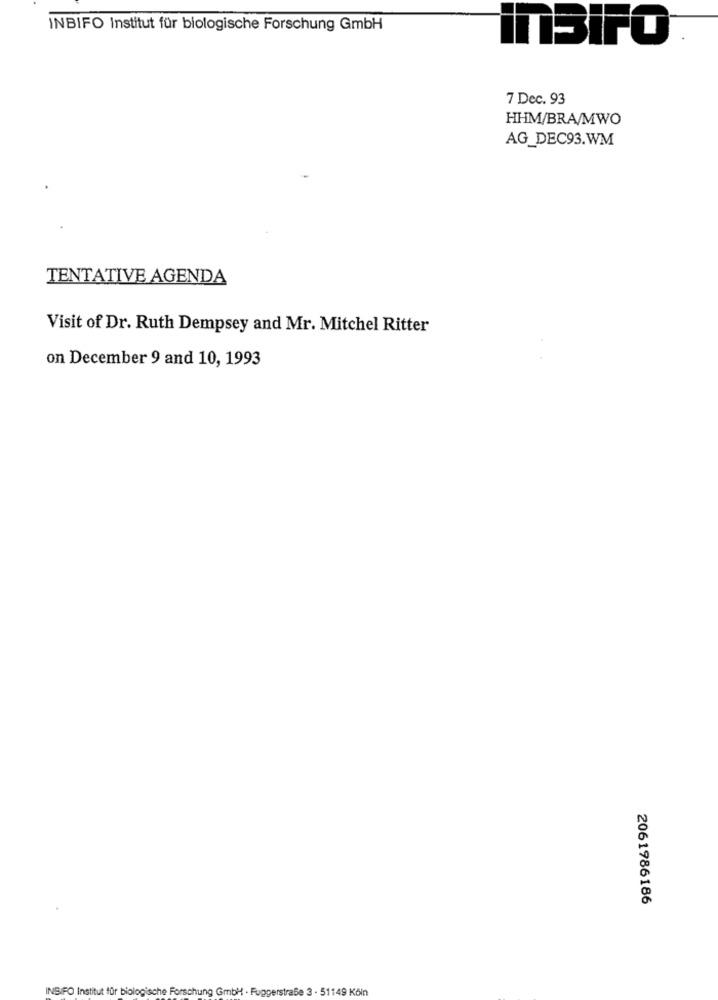
INBIFO Institut für biologische Forschung GmbH
inBiFO
7 Dec. 93
HHM/BRA/MWO
AG_DEC93.WM
TENTATIVE AGENDA
Visit of Dr. Ruth Dempsey and Mr. Mitchel Ritter
on December 9 and 10, 1993
2061986186
INSIFO Institut für biologische Forschung GmbH · Fuggerstraße 3 - 51149 Köln